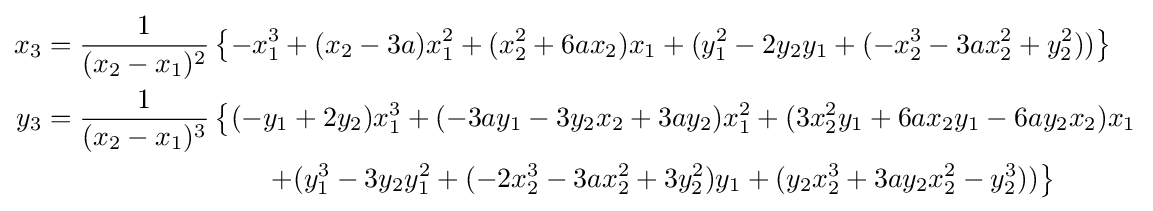
{\begin{aligned}x_{3}&={\frac {1}{(x_{2}-x_{1})^{2}}}\left\{-x_{1}^{3}+(x_{2}-3a)x_{1}^{2}+(x_{2}^{2}+6ax_{2})x_{1}+(y_{1}^{2}-2y_{2}y_{1}+(-x_{2}^{3}-3ax_{2}^{2}+y_{2}^{2}))\right\}\\y_{3}&={\frac {1}{(x_{2}-x_{1})^{3}}}\left\{(-y_{1}+2y_{2})x_{1}^{3}+(-3ay_{1}-3y_{2}x_{2}+3ay_{2})x_{1}^{2}+(3x_{2}^{2}y_{1}+6ax_{2}y_{1}-6ay_{2}x_{2})x_{1}\right.\\&\qquad \qquad \qquad \qquad \left.+(y_{1}^{3}-3y_{2}y_{1}^{2}+(-2x_{2}^{3}-3ax_{2}^{2}+3y_{2}^{2})y_{1}+(y_{2}x_{2}^{3}+3ay_{2}x_{2}^{2}-y_{2}^{3}))\right\}\end{aligned}}